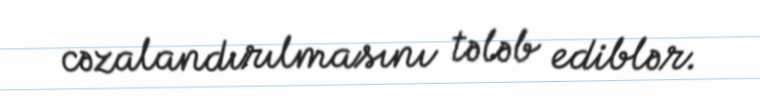
cəzalandırılmasını tələb ediblər.